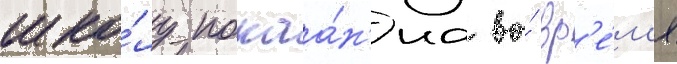
шко́лу покаа́н'иа во́ вр'е́м'я